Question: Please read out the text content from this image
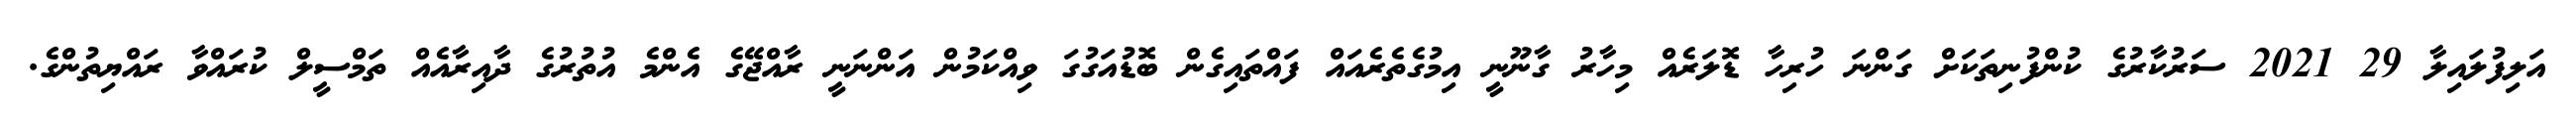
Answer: އަލިފުލައިލާ 29 2021 ސަރުކާރުގެ ކުންފުނިތަކަށް ގަންނަ ހުރިހާ ޑޮލަރެއް މިހާރު ގާނޫނީ އިމުގެތެރެއައް ފައްތައިގެން ބޮޑުއަގުގަ ވިއްކަމުން އަންނަނީ ރާއްޖޭގެ އެންމެ އުތުރުގެ ދާއިރާއެއް ތަމްސީލް ކުރައްވާ ރައްޔިތުންގެ.